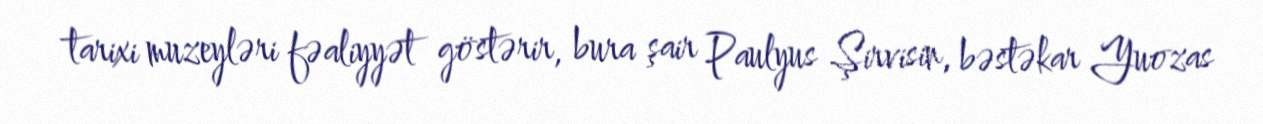
tarixi muzeyləri fəaliyyət göstərir, bura şair Paulyus Şirvisin, bəstəkar Yuozas